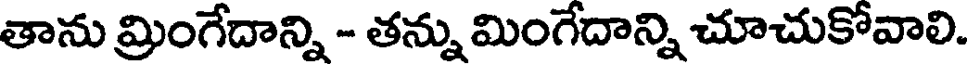
తాను మ్రింగేదాన్ని - తన్ను మింగేదాన్ని చూచుకోవాలి.